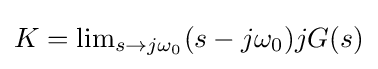
{\textstyle K=\lim _{s\to j\omega _{0}}(s-j\omega _{0})jG(s)}